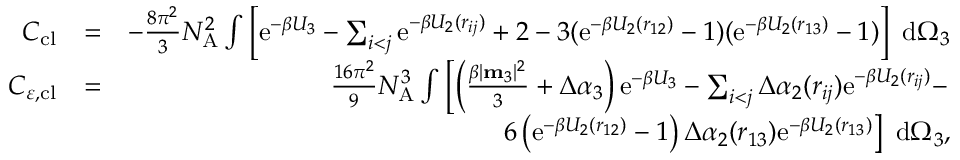
\begin{array} { r l r } { C _ { \mathrm { c l } } } & { = } & { - \frac { 8 \pi ^ { 2 } } { 3 } N _ { \mathrm { A } } ^ { 2 } \int \left[ \mathrm { e } ^ { - \beta U _ { 3 } } - \sum _ { i < j } \mathrm { e } ^ { - \beta U _ { 2 } ( r _ { i j } ) } + 2 - 3 ( \mathrm { e } ^ { - \beta U _ { 2 } ( r _ { 1 2 } ) } - 1 ) ( \mathrm { e } ^ { - \beta U _ { 2 } ( r _ { 1 3 } ) } - 1 ) \right] ~ \mathrm { d } \Omega _ { 3 } } \\ { C _ { \varepsilon , \mathrm { c l } } } & { = } & { \frac { 1 6 \pi ^ { 2 } } { 9 } N _ { \mathrm { A } } ^ { 3 } \int \left[ \left( \frac { \beta | \mathbf { m } _ { 3 } | ^ { 2 } } { 3 } + \Delta \alpha _ { 3 } \right) \mathrm { e } ^ { - \beta U _ { 3 } } - \sum _ { i < j } \Delta \alpha _ { 2 } ( r _ { i j } ) \mathrm { e } ^ { - \beta U _ { 2 } ( r _ { i j } ) } - \right. } \\ & { } & { \left. 6 \left( \mathrm { e } ^ { - \beta U _ { 2 } ( r _ { 1 2 } ) } - 1 \right) \Delta \alpha _ { 2 } ( r _ { 1 3 } ) \mathrm { e } ^ { - \beta U _ { 2 } ( r _ { 1 3 } ) } \right] ~ \mathrm { d } \Omega _ { 3 } , } \end{array}